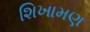
શિખામણ